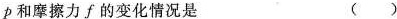
ρ和摩擦力f的变化情况是 ( )